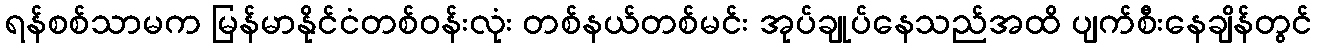
ရန်စစ်သာမက မြန်မာနိုင်ငံတစ်ဝန်းလုံး တစ်နယ်တစ်မင်း အုပ်ချုပ်နေသည်အထိ ပျက်စီးနေချိန်တွင်